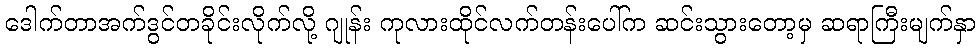
ဒေါက်တာအက်ဒွင်တခိုင်းလိုက်လို့ ဂျုန်း ကုလားထိုင်လက်တန်းပေါ်က ဆင်းသွားတော့မှ ဆရာကြီးမျက်နှာ